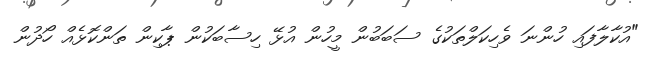
"އުކާލާފައި ހުންނަ ވެހިކަލްތަކުގެ ސަބަބުން މީހުން އުޅޭ ހިސާބަކުން ޕާކިން ތަންކޮޅެއް ހޯދުން